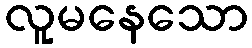
လူမနေသော